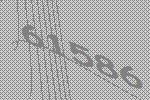
61586